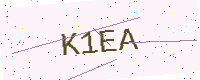
Text: K1EA